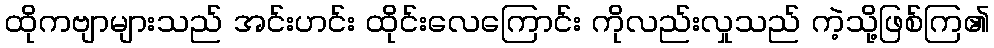
ထိုကဗျာများသည် အင်းဟင်း ထိုင်းလေကြောင်း ကိုလည်းလှုသည် ကဲ့သို့ဖြစ်ကြ၏